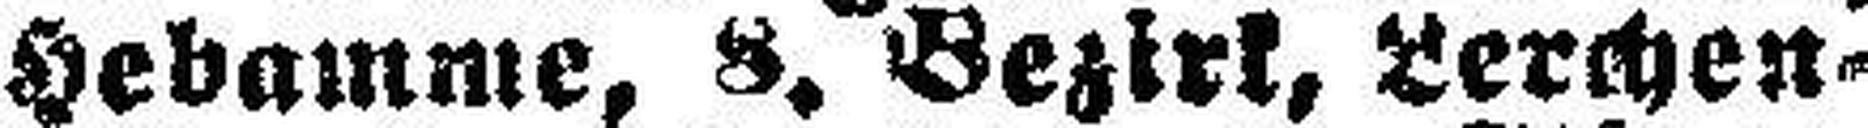
Hebamme, 8. Bezirk, Lerchen¬